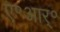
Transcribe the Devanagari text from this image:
ए॰आर्॰